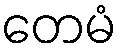
တေမံ